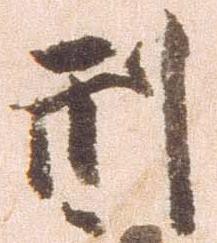
刑